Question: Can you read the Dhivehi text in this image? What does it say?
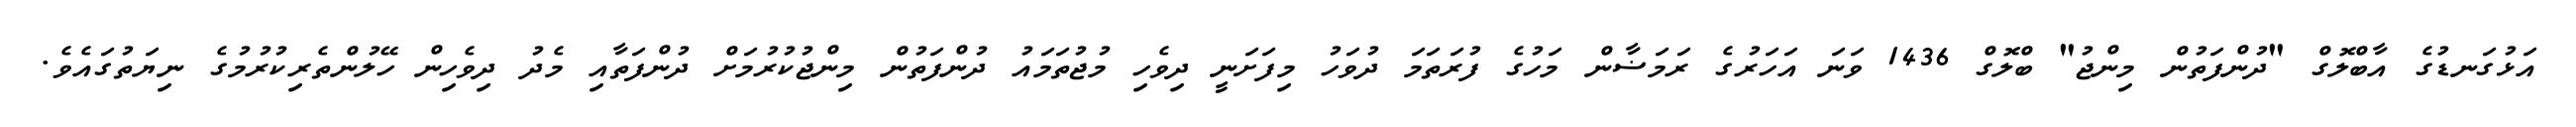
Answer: އަޅުގަނޑުގެ އާބްލޮގް "ދުންފަތުން މިންޖު" ބްލޮގް 1436 ވަނަ އަހަރުގެ ރަމަޟާން މަހުގެ ފުރަތަމަ ދުވަހު މިފަށަނީ ދިވެހި މުޖުތަމައު ދުންފަތުން މިންޖުކުރުމަށް ދުންފަތާއި މެދު ދިވެހިން ހޭލުންތެރިކުރުމުގެ ނިޔަތުގައެވެ.